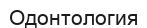
Одонтология